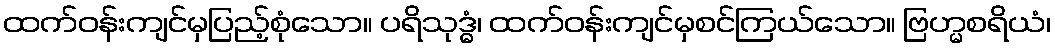
ထက်ဝန်းကျင်မှပြည့်စုံသော။ ပရိသုဒ္ဓံ၊ ထက်ဝန်းကျင်မှစင်ကြယ်သော။ ဗြဟ္မစရိယံ၊